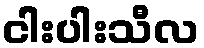
ငါးပါးသီလ